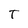
Character: T